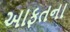
આફતના